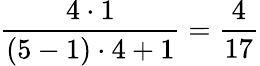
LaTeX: \frac{4\cdot 1}{(5-1)\cdot 4+1}=\frac{4}{17}